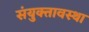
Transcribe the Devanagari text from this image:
संयुक्तावस्था